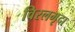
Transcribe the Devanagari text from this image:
विरलमृदा